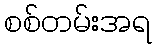
စစ်တမ်းအရ